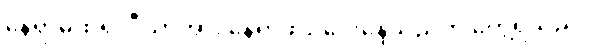
နေရာမှထ၍ ပီယာအား နေရာဖယ်ပေးနေသည်ကို တွေ့ရသည်။